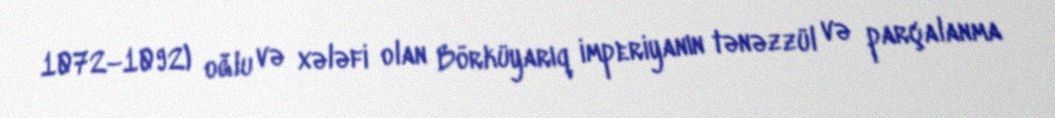
1072–1092) oğlu və xələfi olan Börküyarıq imperiyanın tənəzzül və parçalanma